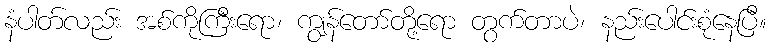
နံပါတ်လည်း အစ်ကိုကြီးရော၊ ကျွန်တော်တို့ရော တွက်တာပဲ၊ နည်းပေါင်းစုံနေပြီ။